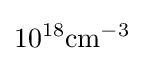
10^{18}\mathrm {cm} ^{-3}